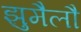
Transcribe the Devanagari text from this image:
झुमैलौ